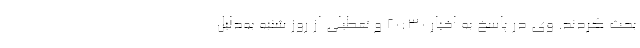
بحث کردند. وی در پاسخ به اخبار ۲۰:۳۰ و تعطیلی از روز شنبه به‌دلیل